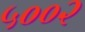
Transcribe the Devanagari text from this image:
५००२